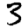
Digit: 3